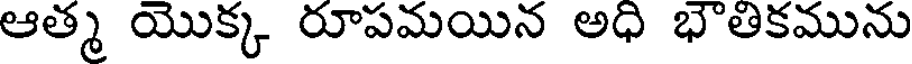
ఆత్మ యొక్క రూపమయిన అధి భౌతికమును